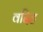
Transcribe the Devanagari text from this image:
वदिह